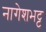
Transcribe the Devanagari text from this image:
नागेशभट्ट